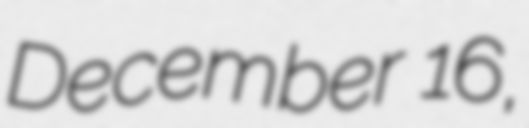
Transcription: December 16,